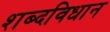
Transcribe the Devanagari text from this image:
शब्दविधान